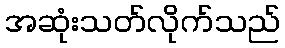
အဆုံးသတ်လိုက်သည်